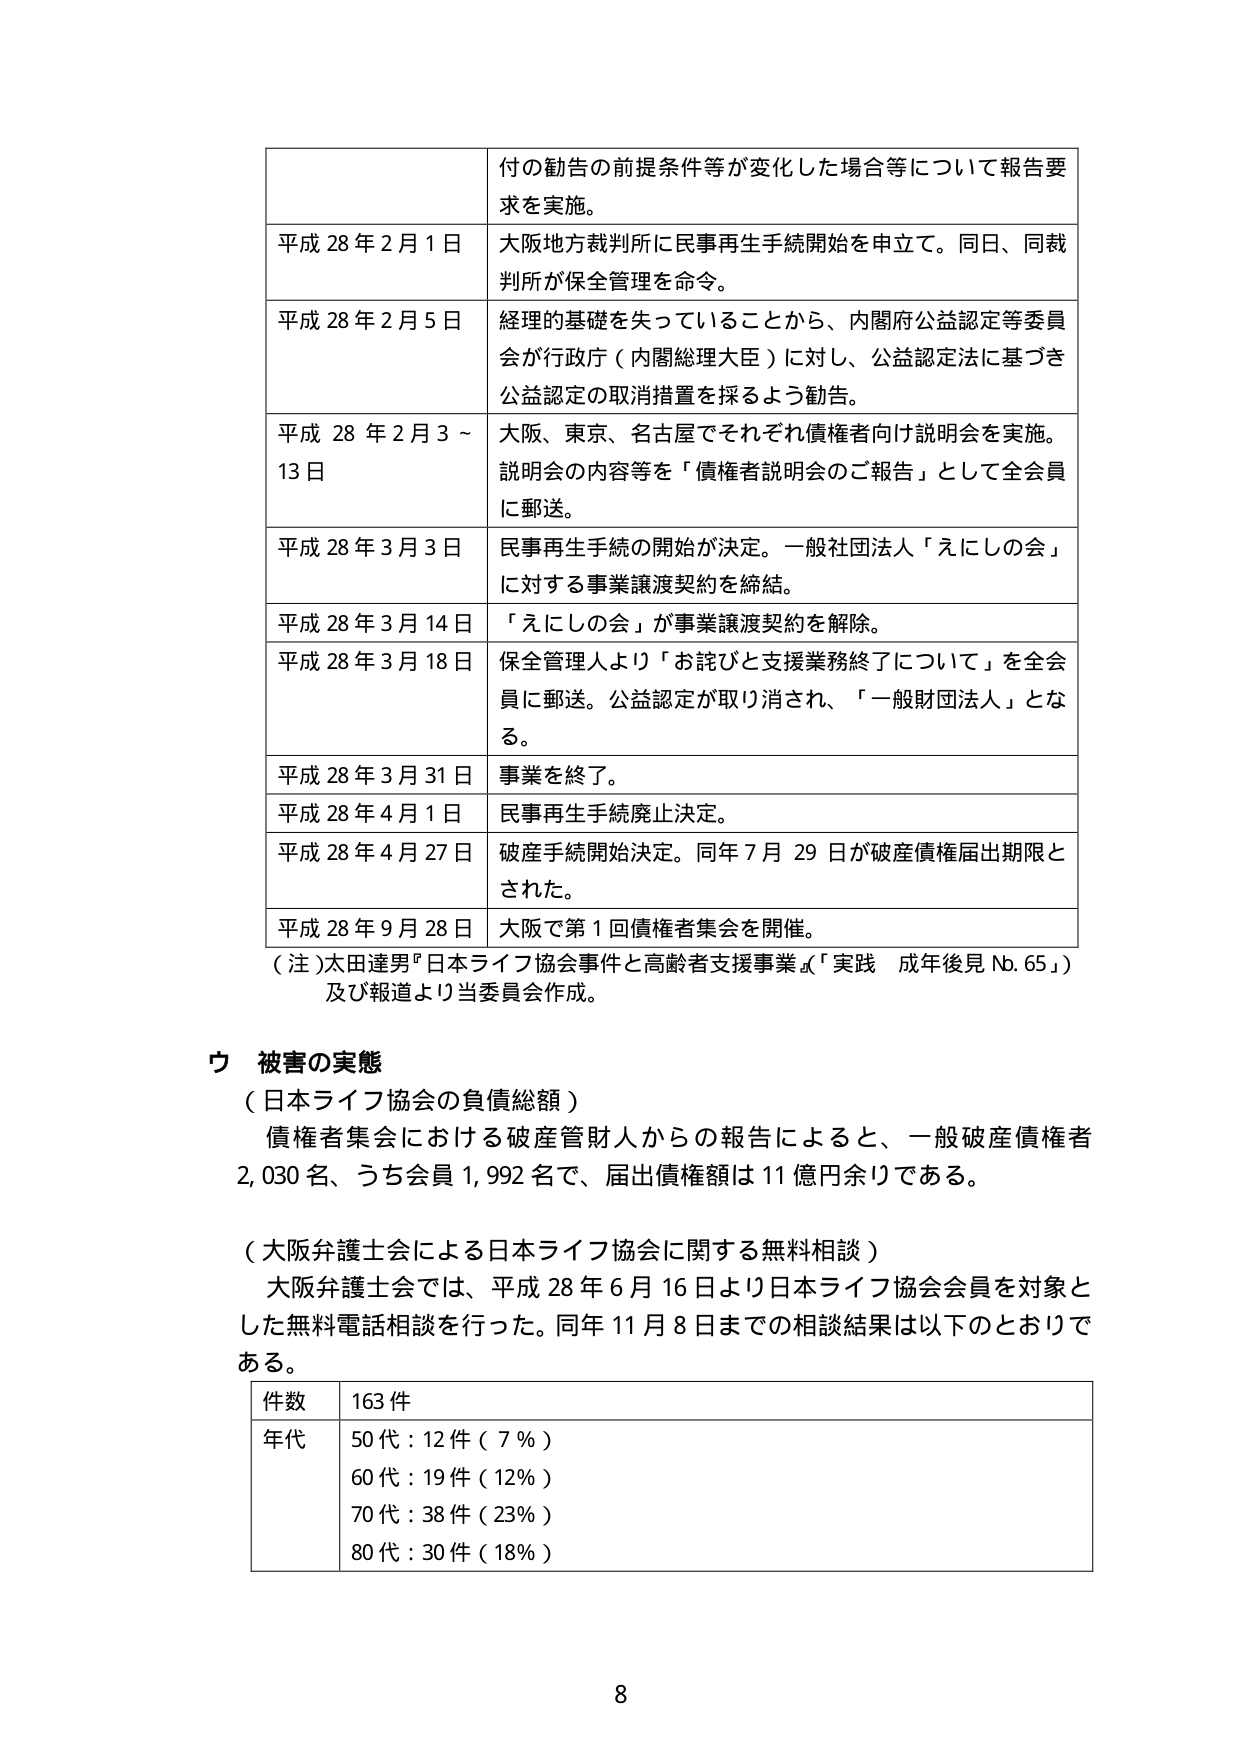
付の勧告の前提条件等が変化した場合等について報告要求を実施。

平成 28 年 2 月 1 日 大阪地方裁判所に民事再生手続開始を申立て。同日、同裁判所が保全管理を命令。

平成 28 年 2 月 5 日 経理の基礎を失っていることから、内閣府公益認定等委員会が行政庁（内閣総理大臣）に対し、公益認定法に基づき公益認定の取消措置を採るよう勧告。

平成 28 年 2 月 3 ～ 13 日 大阪、東京、名古屋でそれぞれ債権者向け説明会を実施。説明会の内容等を「債権者説明会のご報告」として全会員に郵送。

平成 28 年 3 月 3 日 民事再生手続の開始が決定。一般社団法人「えにしの会」に対する事業譲渡契約を締結。

平成 28 年 3 月 14 日 「えにしの会」が事業譲渡契約を解除。

平成 28 年 3 月 18 日 保全管理人より「お詫びと支援業務終了について」を全会員に郵送。公益認定が取り消され、「一般財団法人」となる。

平成 28 年 3 月 31 日 事業を終了。

平成 28 年 4 月 1 日 民事再生手続廃止決定。

平成 28 年 4 月 27 日 破産手続開始決定。同年 7 月 29 日が破産債権届出期限とされた。

平成 28 年 9 月 28 日 大阪で第 1 回債権者集会を開催。

（注）太田達男『日本ライフ協会事件と高齢者支援事業』「実践 成年後見 Nb.65」）及び報道より当委員会作成。

ウ 被害の実態

（日本ライフ協会の負債総額）
債権者集会における破産管財人からの報告によると、一般破産債権者 2,030 名、うち会員 1,992 名で、届出債権額は 11 億円余りである。

（大阪弁護士会による日本ライフ協会に関する無料相談）
大阪弁護士会では、平成 28 年 6 月 16 日より日本ライフ協会会員を対象とした無料電話相談を行った。同年 11 月 8 日までの相談結果は以下のとおりである。

件数 163 件
年代 50 代：12 件（7％）
60 代：19 件（12％）
70 代：38 件（23％）
80 代：30 件（18％）

8